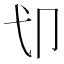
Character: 𱑘